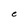
Character: e